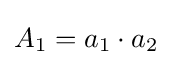
A_{1}=a_{1}\cdot a_{2}